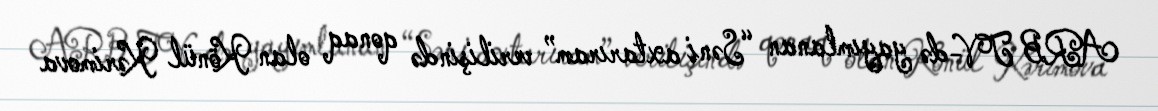
ARB TV-də yayımlanan “Səni axtarıram” verilişində qonaq olan Könül Kərimova